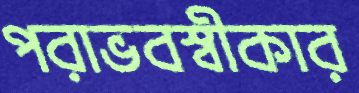
পরাভবস্বীকার